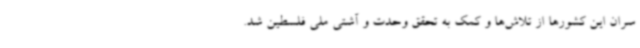
سران این کشورها از تلاش‌ها و کمک به تحقق وحدت و آشتی ملی فلسطین شد.